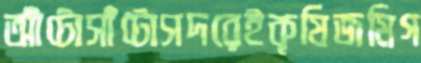
আঁটোসাঁটোসদরেইকৃষিজমিগ